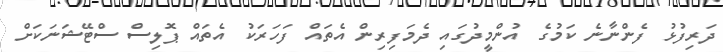
ދަރިފުޅު ފެންނާނެ ކަމުގެ އުންމީދުގައި ދެމަފިރިން އެތައް ފަހަރަކު އެތައް ޕޮލިސް ސްޓޭޝަނަކަށް